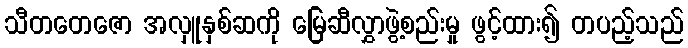
သီတတေဇော အလှူနှစ်ဆကို မြေဆီလွှာဖွဲ့စည်းမှု ဖွင့်ထား၍ တပည့်သည်